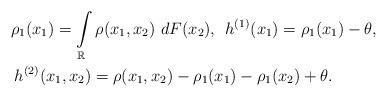
LaTeX: \begin{align*}& {\rho}_{1}({x_1}) = \int\limits_{\mathbb{R}}{\rho}(x_1, x_2)~dF({x_{2}}), \: \: h^{(1)}({x_1}) = {\rho}_1({x_1}) - \theta,\\& \: h^{(2)}({x_1}, {x_2}) = {\rho}({x_1}, {x_2}) - {\rho}_1({x_1}) - {\rho}_1({x_2}) + \theta. \end{align*}